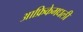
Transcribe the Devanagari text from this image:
आफ्रिकेमधली